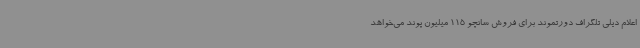
اعلام دیلی تلگراف دورتموند برای فروش سانچو 115 میلیون پوند می‌خواهد